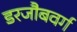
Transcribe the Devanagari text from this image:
डरजौबवर्ग